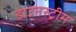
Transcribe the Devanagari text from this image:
डाउनस्‍ट्रीम